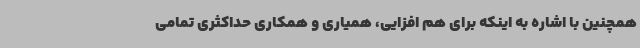
همچنین با اشاره به اینکه برای هم افزایی، همیاری و همکاری حداکثری تمامی